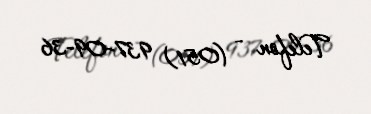
Telefon - (051) 937-09-36